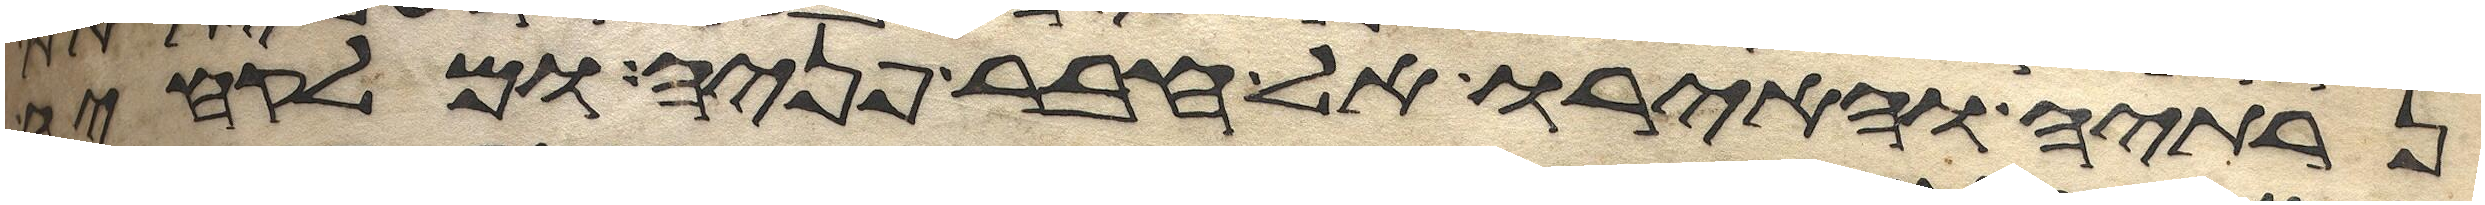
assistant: נרתיה והאירו אל עבר פניה ומלקחיה